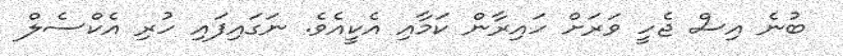
ބުނެ އިސް ޖެހީ ވަރަށް ހައިރާން ކަމާއި އެކީއެވެ. ނަގައިފައި ހުރި އެކްސެލް